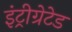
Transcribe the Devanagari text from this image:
इंट्रीग्रेटेड